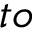
t o